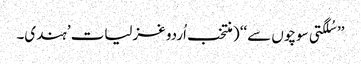
’’ سُلگتی سوچوں سے‘‘ ( منتخب اُردو غزلیات ’ہندی۔